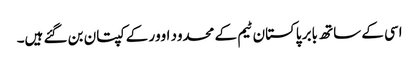
اسی کے ساتھ بابر پاکستان ٹیم کے محدود اوور کے کپتان بن گئے ہیں۔